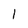
Character: l